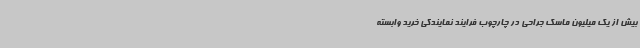
بیش از یک میلیون ماسک جراحی در چارچوب فرایند نمایندگی خرید وابسته